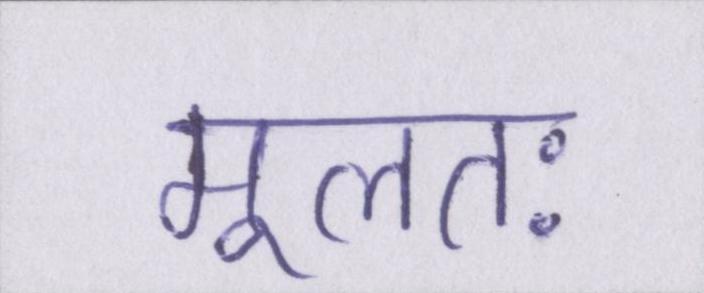
मूलतः